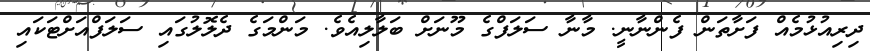
ދިރިއުޅުމެއް ފަށާތަން ފެންނާނީ. މާނާ ސަލަފްގެ މޫނަށް ބަލާލިއެވެ. މަންމަގެ ދެލޮލުގައި ސަލަފްއަށްޓަކައި